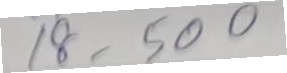
18 - 500